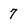
Character: 7